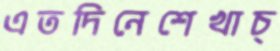
এতদিনেশেখাচ্